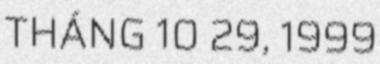
THÁNG 10 29, 1999